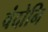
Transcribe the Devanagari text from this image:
वंदोनि